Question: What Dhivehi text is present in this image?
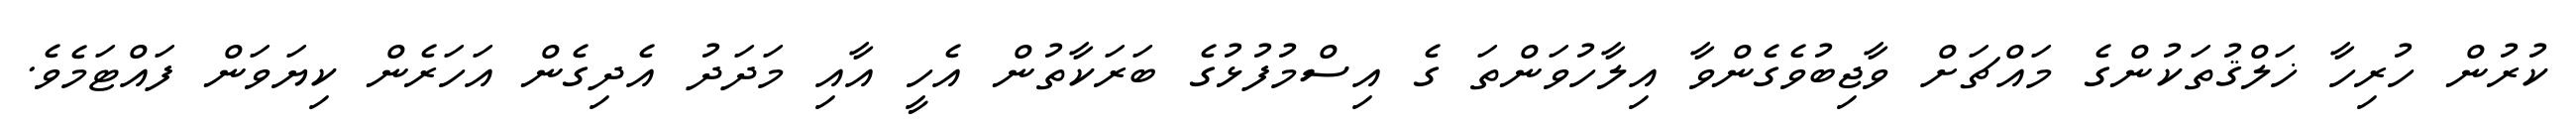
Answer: ކުރުން ހުރިހާ ޚަލްޤުތަކުންގެ މައްޗަށް ވާޖިބުވެގެންވާ އިލާހުވަންތަ ގެ އިސްމުފުޅުގެ ބަރަކާތުން އެހީ އާއި މަދަދު އެދިގެން އަހަރެން ކިޔަވަން ފައްޓަމެވެ.